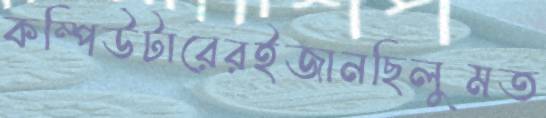
কম্পিউটারেরইজানছিলুমত